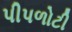
પીપળોટી